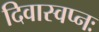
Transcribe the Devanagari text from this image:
दिवास्वप्नः